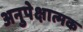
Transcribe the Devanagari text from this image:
अनुपेक्षात्मक